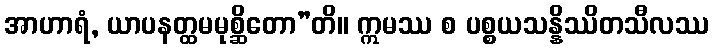
အာဟာရံ, ယာပနတ္ထမမုစ္ဆိတော”တိ။ ဣမဿ စ ပစ္စယသန္နိဿိတသီလဿ